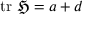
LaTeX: \operatorname { t r } \, { \mathfrak { H } } = a + d